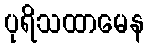
ပုရိသထာမေန